Report of the Municipal Commissioner on the plague in Bombay for the year ending 31st May... - Volume 3
Disease focus: Plague
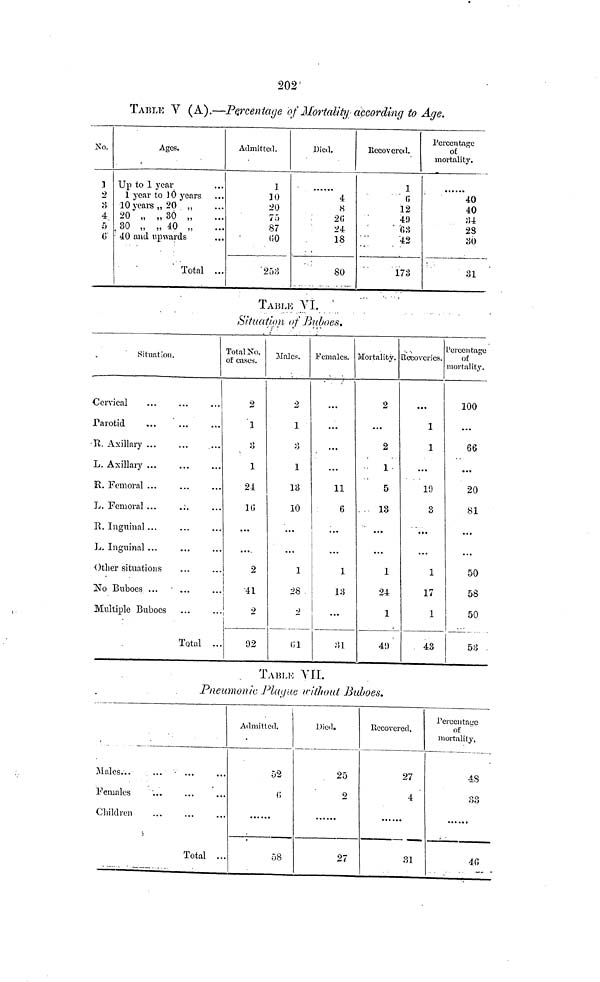
202
TABLE V (A).—Percentage of Mortality according to Age.
No.
1
2
3
4
Ages.
Up to 1 year
1 year to 1 0 years
10 vears „20 „
20 „ „ 30 „
30 „ „ 40 „
40 and upwards
Total ...
Admitted.
10
20
75
87
Died.
4
8
24
18
80
Recovered.
1
12
173
Percentage
of
mortality.
40
40
34
30
31
TABLE
vi
Situation of Buboes.
Situation.
Cervical
Parotid
R. Axillary
L. Axillary ...
R. Femoral ...
L. Femoral ...
.:.
R. Inguinal ...
L. Inguinal ...
Other situations
No Buboes ...
...
Multiple Buboes
Total ..
Total Xo.
of cases.
2
1
3
1
24
2
41
2
92
Male.
2
1
1
13
10
...
...
1
28
2
Females.
...
...
11
6
...
...
1
13
...
31
Mortality.
2
...
2
1
5
...
...
1
24
1
Recoveries.
1
19
3
...
...
1
17
1
43
Pereen tage
of
mortality.
100
...
66
...
20
81
...
...
50
58
53
TABLE VII.
Pneumonic Playue irithout Buboes.
Males...
... • ...
Females
Children
Total ...
Admitted,
52
58
Died.
25
2
27
Recovered,
27
4
31
Percentage
of
mortality.
48
33
40